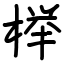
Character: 榉